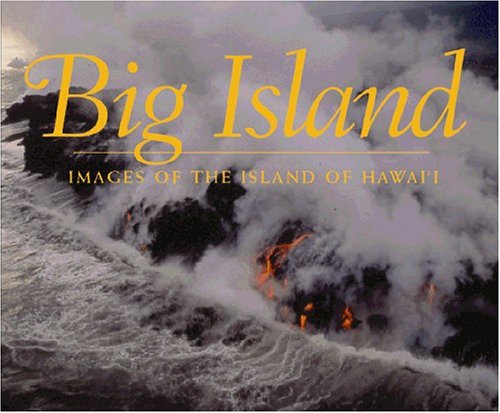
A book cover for Big Island; Images of the Island of Hawaii; Doug Peebles; Travel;